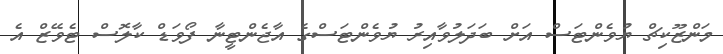
މަންޒޫކިޗް ޔުވެންޓަސް އަށް ބަދަލުވާއިރު ޔުވެންޓަސްގެ އާޖެންޓީނާ ފޯވަޑް ކާލޮސް ޓެވޭޒް އެ